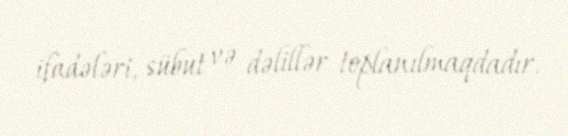
ifadələri, sübut və dəlillər toplanılmaqdadır.